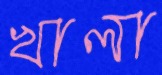
খালা